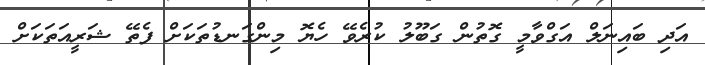
އަދި ބައިނަލް އަގްވާމީ ގޮތުން ގަބޫލު ކުރެވޭ ހެޔޮ މިންގަނޑުތަކަށް ފެތޭ ޝަރީއަތަކަށް